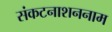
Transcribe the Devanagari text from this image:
संकटनाशननाम